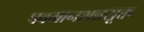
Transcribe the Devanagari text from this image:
पवमानशन्नसूक्त